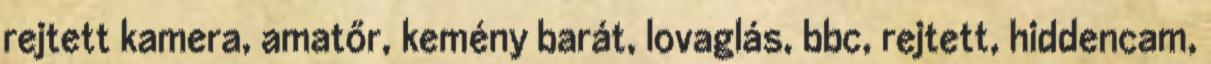
rejtett kamera, amatőr, kemény barát, lovaglás, bbc, rejtett, hiddencam,